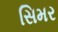
સિમર